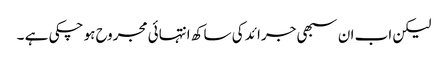
لیکن اب ان سبھی جرائد کی ساکھ انتہائی مجروح ہو چکی ہے ۔